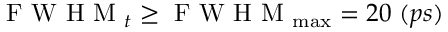
\mathrm { ~ F ~ W ~ H ~ M ~ } _ { t } \geq \mathrm { ~ F ~ W ~ H ~ M ~ } _ { \operatorname* { m a x } } = 2 0 \ ( p s )